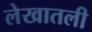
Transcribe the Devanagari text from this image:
लेखातली